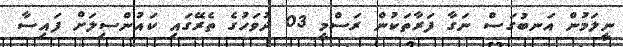
ނީލަމުން އަނބުގަސް ނަގާ ފަރާތަކުން ރަސްމީ 03 ދުވަހުގެ ތެރޭގައި ކައުންސިލަށް ފައިސާ